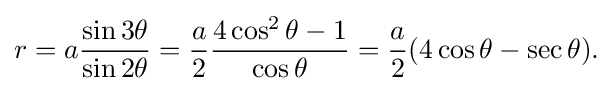
r=a{\frac {\sin 3\theta }{\sin 2\theta }}={a \over 2}{\frac {4\cos ^{2}\theta -1}{\cos \theta }}={a \over 2}(4\cos \theta -\sec \theta ).\!